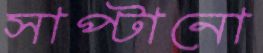
সাপ্‌টানো